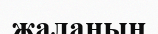
жаланың